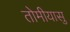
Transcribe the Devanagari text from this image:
तोमीयासु